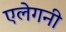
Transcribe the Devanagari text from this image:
एलेगनी